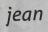
jean